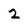
Character: 2